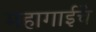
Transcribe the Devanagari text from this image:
महागाईचे